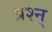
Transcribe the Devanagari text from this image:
प्रश्न्